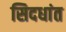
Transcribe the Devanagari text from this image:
सिदधांत